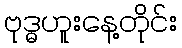
ဗုဒ္ဓဟူးနေ့တိုင်း